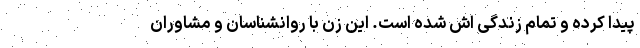
پیدا کرده و تمام زندگی اش شده است. این زن با روانشناسان و مشاوران